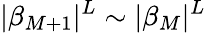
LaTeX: |\beta_{M+1}|^{L}\sim|\beta_{M}|^{L}